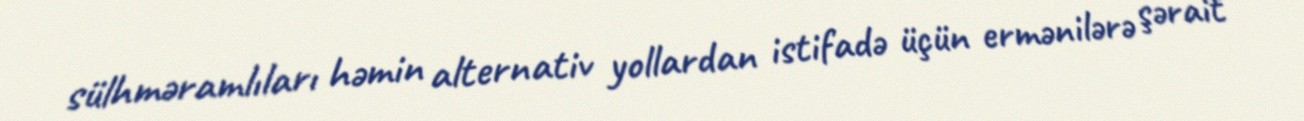
sülhməramlıları həmin alternativ yollardan istifadə üçün ermənilərə şərait